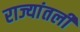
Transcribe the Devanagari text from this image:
राज्यांतली